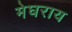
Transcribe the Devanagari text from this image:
मेघराय